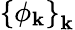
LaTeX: \left\{ \phi_{\mathbf{k}}\right\} _{\mathbf{k}}